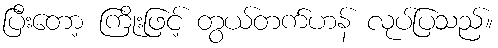
ပြီးတော့ ကြိုးဖြင့် တွယ်တက်ဟန် လုပ်ပြသည်။